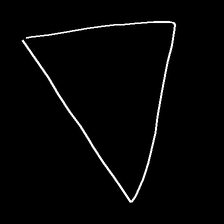
Glyph: convergence